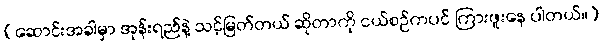
(ဆောင်းအခါမှာ အုန်းရည်နဲ့ သင့်မြတ်တယ် ဆိုတာကို ငယ်စဉ်ကပင် ကြားဖူးနေ ပါတယ်။)